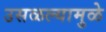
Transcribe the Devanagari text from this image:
उसळल्यामुळे